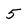
Character: 5